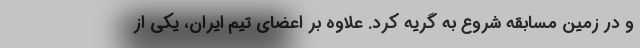
و در زمین مسابقه شروع به گریه کرد. علاوه بر اعضای تیم ایران، یکی از